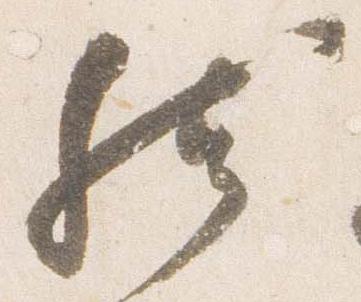
然